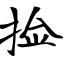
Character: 捡